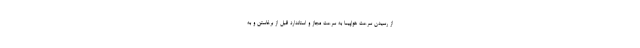
از رسیدن سرعت هواپیما به سرعت مجاز و استاندارد قبل از برخاستن و به